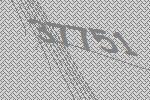
37751